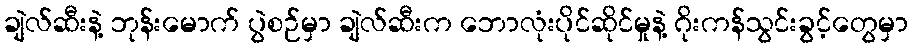
ချဲလ်ဆီးနဲ့ ဘုန်းမောက် ပွဲစဉ်မှာ ချဲလ်ဆီးက ဘောလုံးပိုင်ဆိုင်မှုနဲ့ ဂိုးကန်သွင်းခွင့်တွေမှာ